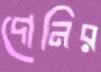
দোনির